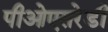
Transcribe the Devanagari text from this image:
पीओएसरेडी